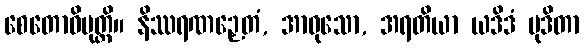
စေတောဝိမုတ္တိ။ နိဿရဏဉှေတံ, အာဝုသော, အရတိယာ ယဒိဒံ မုဒိတာ